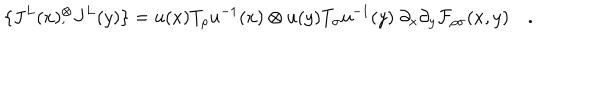
\{ J ^ { L } ( x ) { } _ { , } ^ { \otimes } J ^ { L } ( y ) \} = u ( x ) T _ { \rho } u ^ { - 1 } ( x ) \otimes u ( y ) T _ { \sigma } u ^ { - 1 } ( y ) \; \partial _ { x } \partial _ { y } { \cal F } _ { \rho \sigma } ( x , y ) \quad .